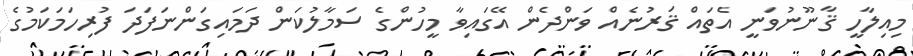
މިއިލާހީ ޤާނޫނުވަނީ އެތައް ޤަރުނެއް ވަންދެން އޭގައިވާ މީހުންގެ ސަމާލުކަން ދަމައިގަންނަފަދަ ފުރިހަމަކަމުގެ